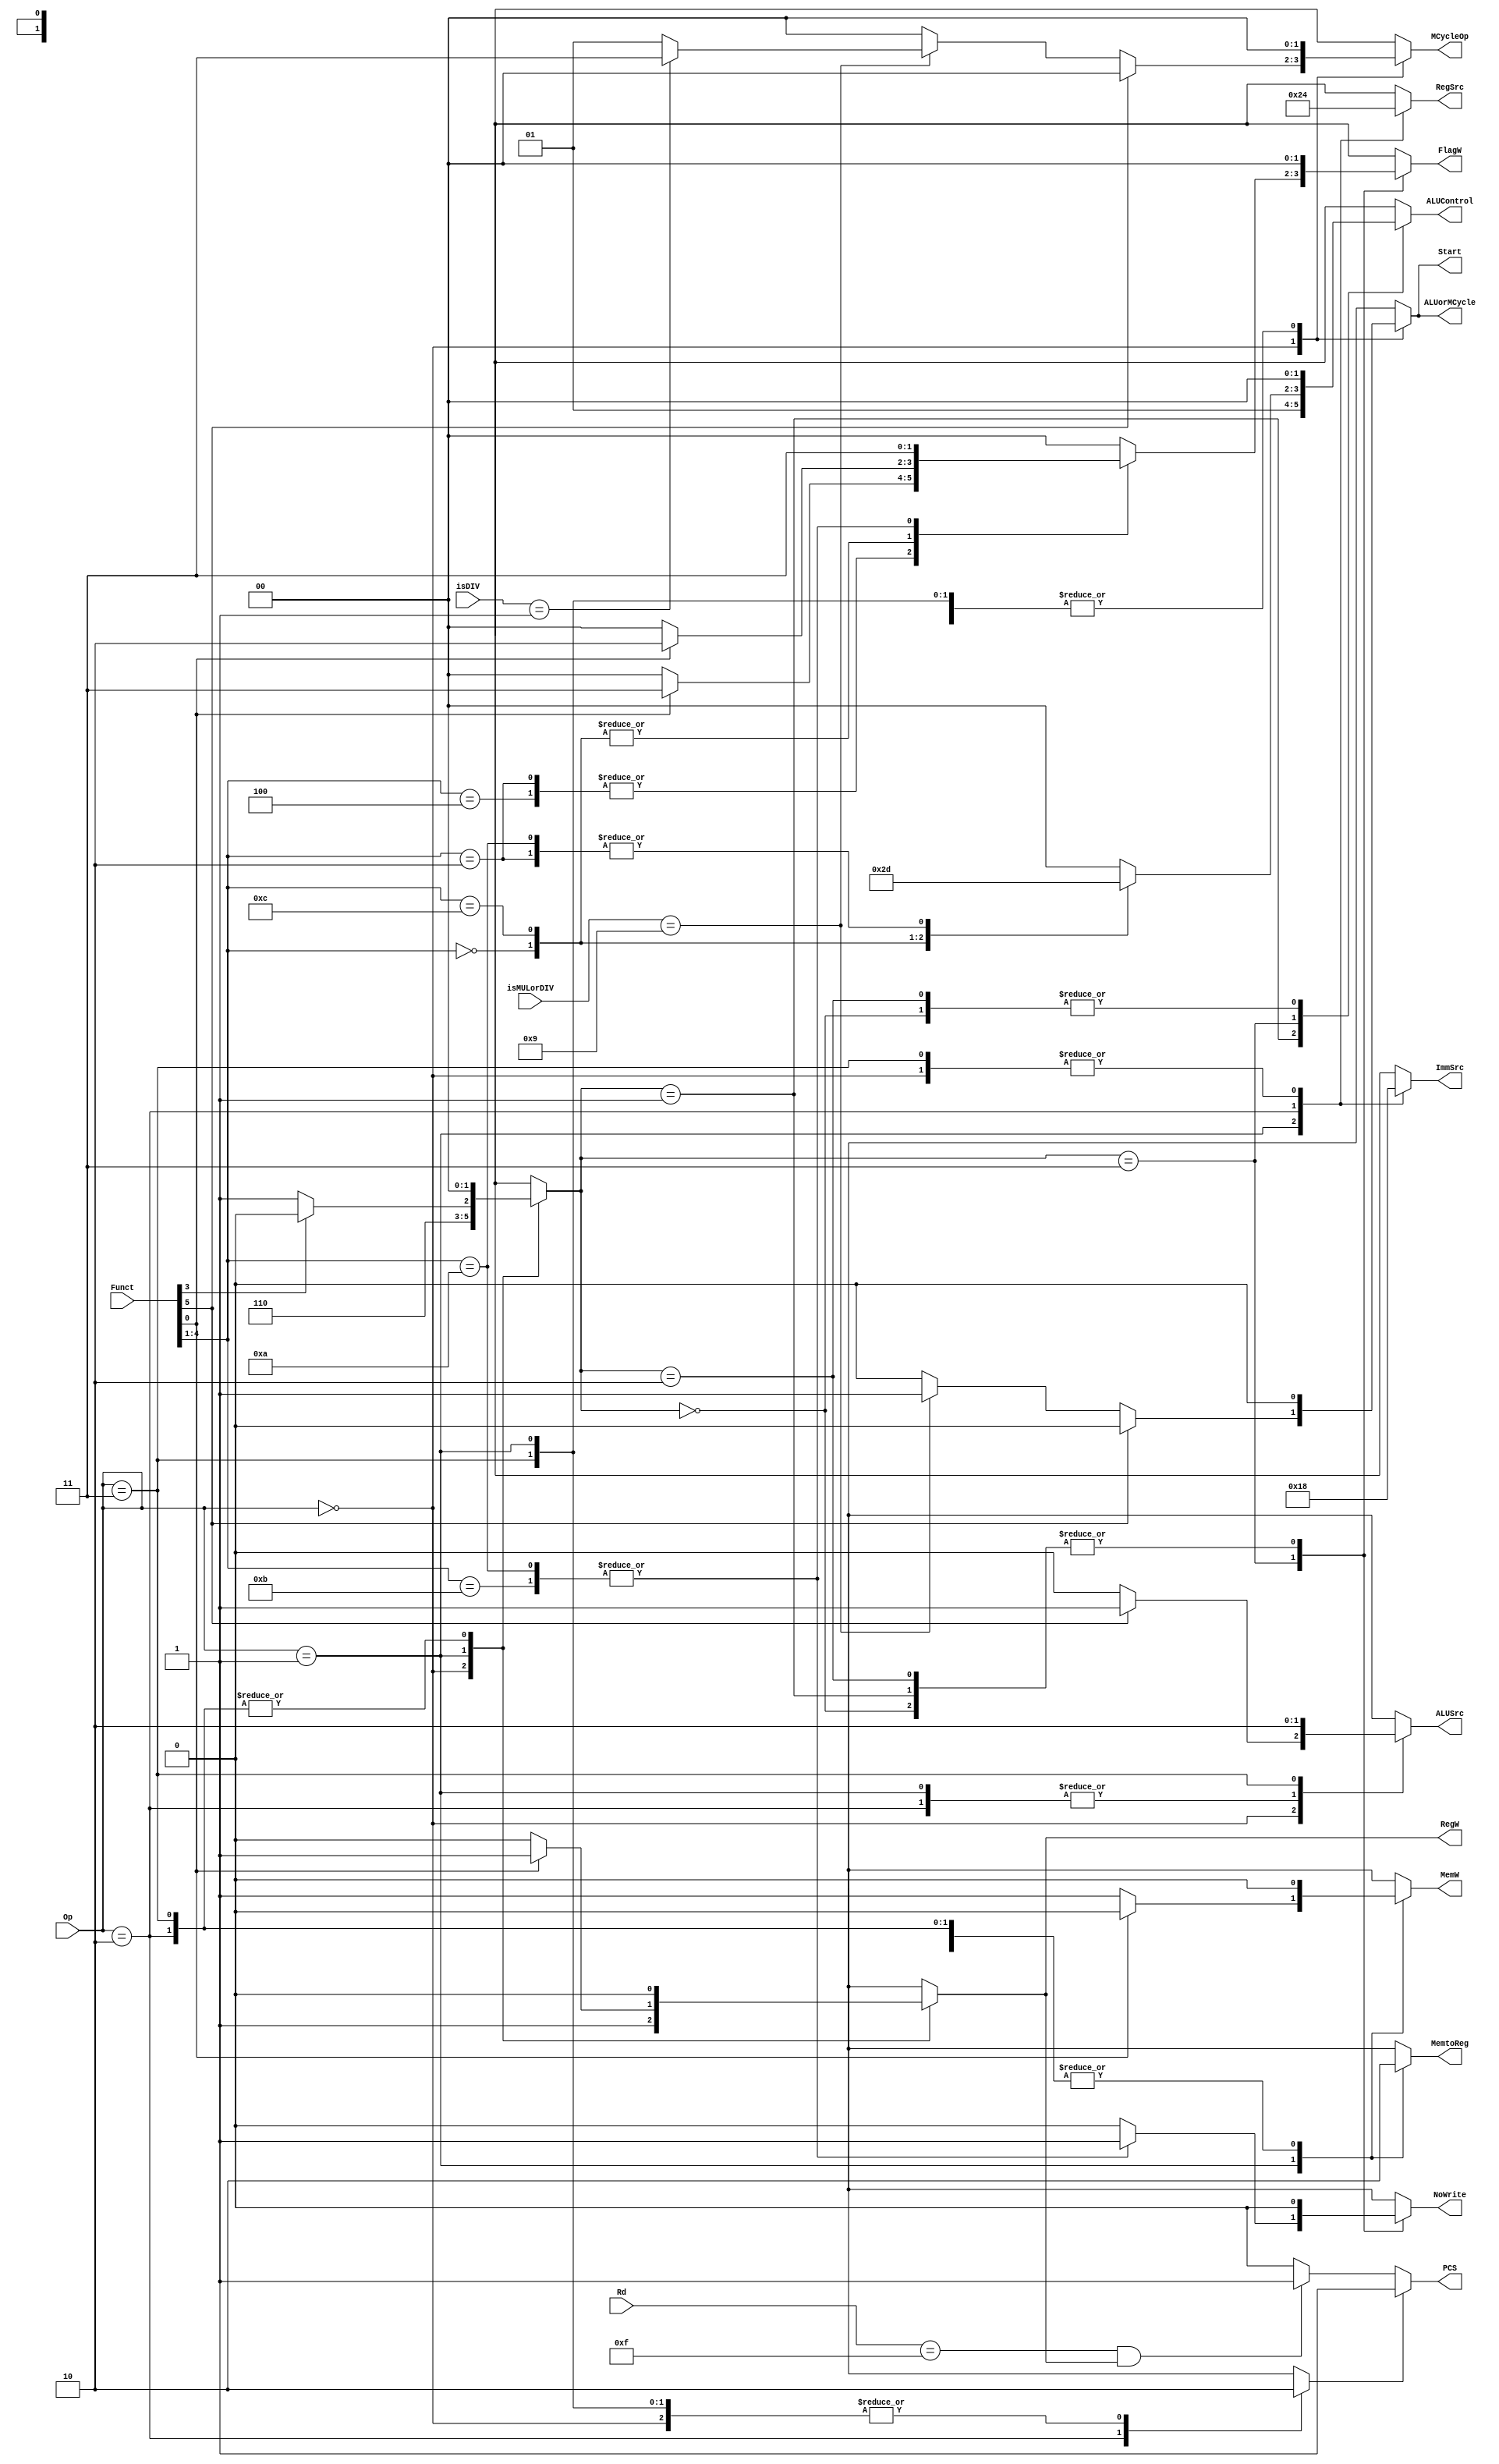
`timescale 1ns / 1ps
/*
----------------------------------------------------------------------------------
-- Company: NUS	
-- Engineer: (c) Shahzor Ahmad and Rajesh Panicker  
-- 
-- Create Date: 09/23/2015 06:49:10 PM
-- Module Name: Decoder
-- Project Name: CG3207 Project
-- Target Devices: Nexys 4 (Artix 7 100T)
-- Tool Versions: Vivado 2015.2
-- Description: Decoder Module
-- 
-- Dependencies: NIL
-- 
-- Revision:
-- Revision 0.01 - File Created
-- Additional Comments:
-- 
----------------------------------------------------------------------------------

----------------------------------------------------------------------------------
--	License terms :
--	You are free to use this code as long as you
--		(i) DO NOT post it on any public repository;
--		(ii) use it only for educational purposes;
--		(iii) accept the responsibility to ensure that your implementation does not violate any intellectual property of ARM Holdings or other entities.
--		(iv) accept that the program is provided "as is" without warranty of any kind or assurance regarding its suitability for any particular purpose;
--		(v)	acknowledge that the program was written based on the microarchitecture described in the book Digital Design and Computer Architecture, ARM Edition by Harris and Harris;
--		(vi) send an email to rajesh.panicker@ieee.org briefly mentioning its use (except when used for the course CG3207 at the National University of Singapore);
--		(vii) retain this notice in this file or any files derived from this.
----------------------------------------------------------------------------------
*/

module Decoder(
    input [3:0] Rd,
    input [1:0] Op,
    input [5:0] Funct,
    input [3:0] isMULorDIV,
    input [3:0] isDIV,
    output reg PCS = 1'b0,
    output reg RegW = 1'b0,
    output reg MemW = 1'b0,
    output reg MemtoReg = 1'b0,
    output reg ALUSrc = 1'b0,
    output reg [1:0] ImmSrc = 2'b00,
    output reg [1:0] RegSrc = 2'b00,
    output reg NoWrite = 1'b0,
    output reg [1:0] ALUControl = 2'b00,
    output reg [1:0] FlagW = 2'b00,
    output reg Start = 1'b0,
    output reg [1:0] MCycleOp = 2'b00,
    output reg ALUorMCycle = 1'b0
    );
    
    wire [1:0] ALUOp;
    wire Branch;
    reg [1:0] ALUOp_toSend = 2'b00;
        // 00 -> non-DP, positive offset (also Branch)
        // 01 -> non-DP, negative offset
        // 10 -> not defined
        // 11 -> DP, ALU does addition/subtraction
    reg Branch_toSend = 1'b0;
    assign ALUOp = ALUOp_toSend;
    assign Branch = Branch_toSend;
   
    
    // Main Decoder Logic
    // Input = Op, Funct[5] (I bit), Funct[0] (DP S bit, Memory L bit), Funct[3] (Memory U bit)
    // Output = RegW, MemW, MemtoReg, ALUSrc, ImmSrc, RegSrc
    always @ (Op, Funct[5], Funct[0], Funct[3], isMULorDIV[3:0], isDIV[3:0]) begin
        MCycleOp[1:0] = 2'b00;  // stop inferring latch problem
        
        case (Op)
            2'b00 : begin
                        // assert must be DP Imm or DP Reg (with immediate shift)
                        // assert must be MUL or MLA (cannibalized as UDIV)
                        {Branch_toSend, MemtoReg, MemW} = 3'b000;
                        RegW = 1'b1;
                        ALUOp_toSend = 2'b11;
                        
                        if (Funct[5] == 0) begin
                            // assert must be DP Reg OR MUL/MLA
                            ALUSrc = 1'b0;
                            {ImmSrc, RegSrc} = 4'b0000;   // ImmSrc == XX for DP Reg
                            
                            if (isMULorDIV[3:0] == 4'b1001) begin
                                // assert must be MUL/MLA, which is also MULTICYCLE instruction
                                Start = 1'b1;
                                MCycleOp[1:0] = (isDIV[3:0] == 4'b0001) ? 2'b11 : 2'b01;
                                ALUorMCycle = 1'b1;
                            end else begin
                                // assert must be DP Reg
                                Start = 1'b0;
                                ALUorMCycle = 1'b0;
                            end     
                        end else begin
                            // assert DP Imm
                            ALUSrc = 1'b1;
                            {ImmSrc, RegSrc} = 4'b0000;   // RegSrc == X0 for DP Imm
                            Start = 1'b0;
                            ALUorMCycle = 1'b0;
                        end
                    end
                    
            2'b01 : begin
                        // assert must be STR or LDR (positive/negative immediate offset)
                        Branch_toSend = 1'b0;
                        {MemtoReg, ALUSrc} = 2'b11;   // MemtoReg == X for STR
                        ImmSrc = 2'b01;
                        RegSrc = 2'b10;               // RegSrc == X0 for LDR
                        Start = 1'b0;
                        ALUorMCycle = 1'b0;
                        
                        if (Funct[3] == 0) ALUOp_toSend = 2'b01;    // U-Bit == 0 means subtract unsigned offset
                            else ALUOp_toSend = 2'b00;              // U-Bit == 1 means add unsigned offset
                        
                        if (Funct[0] == 0) begin
                            // assert STR
                            MemW = 1'b1;
                            RegW = 1'b0;
                        end else begin
                            // assert LDR
                            MemW = 1'b0;
                            RegW = 1'b1;
                        end
                    end
                    
            2'b10 : begin
                        // assert must be Branch
                        {MemtoReg, MemW, RegW} = 3'b000;
                        ALUOp_toSend = 2'b00;
                        {Branch_toSend, ALUSrc} = 2'b11;
                        ImmSrc = 2'b10;
                        RegSrc = 2'b01;
                        Start = 1'b0;
                        ALUorMCycle = 1'b0;
                    end
                    
            2'b11 : begin
                        // assert must be invalid command (all output signals X)
                        {Branch_toSend, MemtoReg, MemW, ALUSrc, RegW, ALUOp_toSend} = 6'b000000;
                        {ImmSrc, RegSrc} = 2'b00;
                        Start = 1'b0;
                        ALUorMCycle = 1'b0;
                    end                                      
        endcase
    end
    
    
    // PC Logic
    // Input = Branch. RegW, Rd[3:0]
    // Output = PCS
    always @ (Branch, RegW, Rd[3:0]) begin
        if (Branch == 1'b0) begin
            if (Rd == 4'd15 && RegW == 1'b1) PCS = 1'b1; // PC is Rd for some instruction
            else PCS = 1'b0;                             // PC is not Rd for some instruction
        end else begin
            PCS = 1'b1;
        end
    end
    
    
    // ALU Decoder Logic
    // Input = ALUOp, Funct[4:0] (Funt[5] is I bit)
    // Output = ALUControl[1:0] and FlagW[1:0]
    always @ (ALUOp, Funct[4:0]) begin
        case (ALUOp)
            2'b00 : begin
                        // assert must be positive offset STR/LDR (with unsigned offset)
                        // assert must be B (with signed offset)
                        ALUControl = 2'b00;
                        FlagW = 2'b00;
                        NoWrite = 1'b0;
                    end
                    
            2'b01 : begin
                        // assert must be negative offset STR/LDR (with unsigned offset)
                        ALUControl = 2'b01;
                        FlagW = 2'b00;
                        NoWrite = 1'b0;
                    end
                    
            2'b11 : begin
                        // assert must be DP instructions (positive/negative offset)
                        FlagW = Funct[0] ? 2'b11 : 2'b00;
                        NoWrite = 1'b0;
                        
                        case (Funct[4:1])   // Funct[4:1] == cmd (DP) or PUBW (Memory)
                            4'b0100 : begin // ADD or ADDS (set NZCV flags)
                                          ALUControl = 2'b00;
                                          FlagW = (Funct[0] == 1'b1) ? 2'b11 : 2'b00;
                                      end
                            4'b0010 : begin // SUB or SUBS (set NZCV flags)
                                          ALUControl = 2'b01; 
                                          FlagW = (Funct[0] == 1'b1) ? 2'b11 : 2'b00;
                                      end
                            4'b0000 : begin // AND or ANDS (for now doesn't affect C flag)
                                          ALUControl = 2'b10;
                                          FlagW = (Funct[0] == 1'b1) ? 2'b10 : 2'b00;
                                      end              
                            4'b1100 : begin // ORR or ORRS (for now doesn't affect C flag)
                                          ALUControl = 2'b11;
                                          FlagW = (Funct[0] == 1'b1) ? 2'b10 : 2'b00;
                                      end
                            4'b1010 : begin // CMP (set NZCV flags automatically)
                                ALUControl = 2'b01;
                                FlagW = 2'b11;
                                NoWrite = 1'b1;
                            end
                            4'b1011 : begin // CMN (set NZCV flags automatically)
                                ALUControl = 2'b00;
                                FlagW = 2'b11;
                                NoWrite = 1'b1;
                            end       
                            default : begin // undefined signals
                                ALUControl = 2'b00;
                                FlagW = 2'b00;
                                NoWrite = 1'b0;
                            end
                        endcase
                    end
                    
            2'b10 : begin
                        // assert undefined
                        {ALUControl, FlagW, NoWrite} = 2'b00;
                    end
        endcase            
    end
    
endmodule